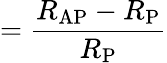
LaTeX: =\frac{R_{\mathrm{AP}}-R_{\mathrm{P}}}{R_{\mathrm{P}}}